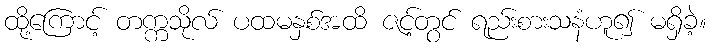
ထို့ကြောင့် တက္ကသိုလ် ပထမနှစ်အထိ ဇင့်တွင် ရည်းစားသနံဟူ၍ မရှိခဲ့။